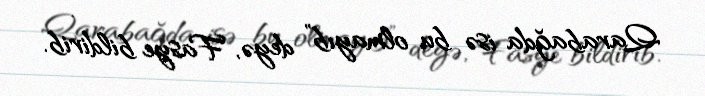
Qarabağda isə bu olmayıb” deyə, Fasye bildirib.